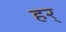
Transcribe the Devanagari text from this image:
हर्